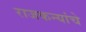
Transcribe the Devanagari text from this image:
राजकन्यांचे